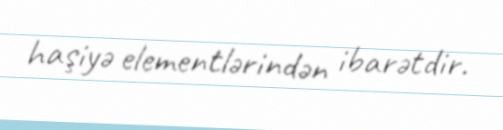
haşiyə elementlərindən ibarətdir.